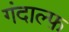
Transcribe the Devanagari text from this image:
गंदाल्फ़